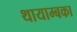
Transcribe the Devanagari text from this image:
थायाम्बका